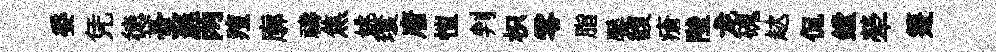
委凭徳䑓蘇两羶廓禱焦姚環唐愷判枳零脂饜馥瘡陛龙磈趑侃鏜犖箑